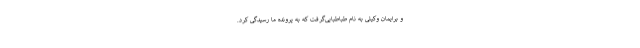
و برایمان وکیلی به نام طباطبایی‌گرفت‌ که به پرونده ما رسیدگی‌ کرد.